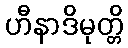
ဟီနာဒိမုတ္တိ